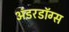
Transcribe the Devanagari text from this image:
अंडरडॉग्स